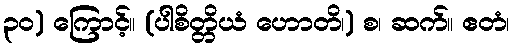
၃၀) ကြောင့်။ (ပါစိတ္တိယံ ဟောတိ၊) စ၊ ဆက်။ ဧတံ၊